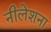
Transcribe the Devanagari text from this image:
नीलेशना